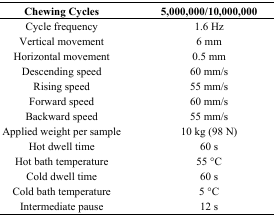
<table><thead><tr><td><b>Chewing Cycles</b></td><td><b>5,000,000/10,000,000</b></td></tr></thead><tbody><tr><td>Cycle frequency</td><td>1.6 Hz</td></tr><tr><td>Vertical movement</td><td>6 mm</td></tr><tr><td>Horizontal movement</td><td>0.5 mm</td></tr><tr><td>Descending speed</td><td>60 mm/s</td></tr><tr><td>Rising speed</td><td>55 mm/s</td></tr><tr><td>Forward speed</td><td>60 mm/s</td></tr><tr><td>Backward speed</td><td>55 mm/s</td></tr><tr><td>Applied weight per sample</td><td>10 kg (98 N)</td></tr><tr><td>Hot dwell time</td><td>60 s</td></tr><tr><td>Hot bath temperature</td><td>55 °C</td></tr><tr><td>Cold dwell time</td><td>60 s</td></tr><tr><td>Cold bath temperature</td><td>5 °C</td></tr><tr><td>Intermediate pause</td><td>12 s</td></tr></tbody></table>